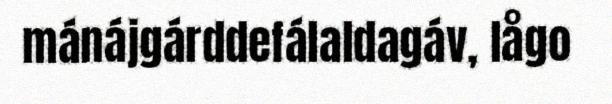
mánájgárddefálaldagáv, lågo